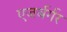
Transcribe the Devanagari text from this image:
एजर्बर्गर